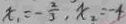
x _ { 1 } = - \frac { 2 } { 3 } , x _ { 2 } = - 4